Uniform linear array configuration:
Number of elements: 8
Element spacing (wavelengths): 0.75
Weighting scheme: binomial
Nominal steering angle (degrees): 0
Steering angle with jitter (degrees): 1.804
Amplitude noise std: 0.05
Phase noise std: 0.05

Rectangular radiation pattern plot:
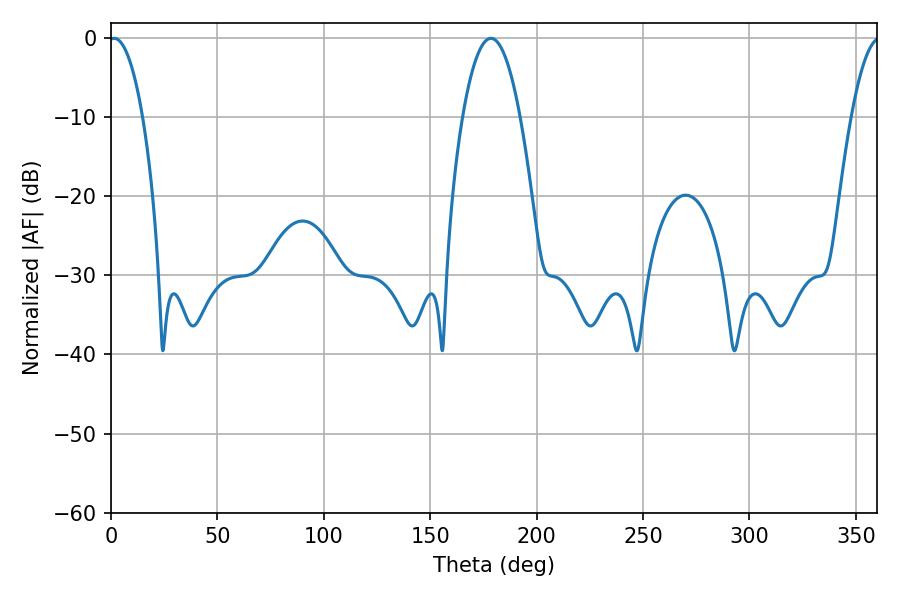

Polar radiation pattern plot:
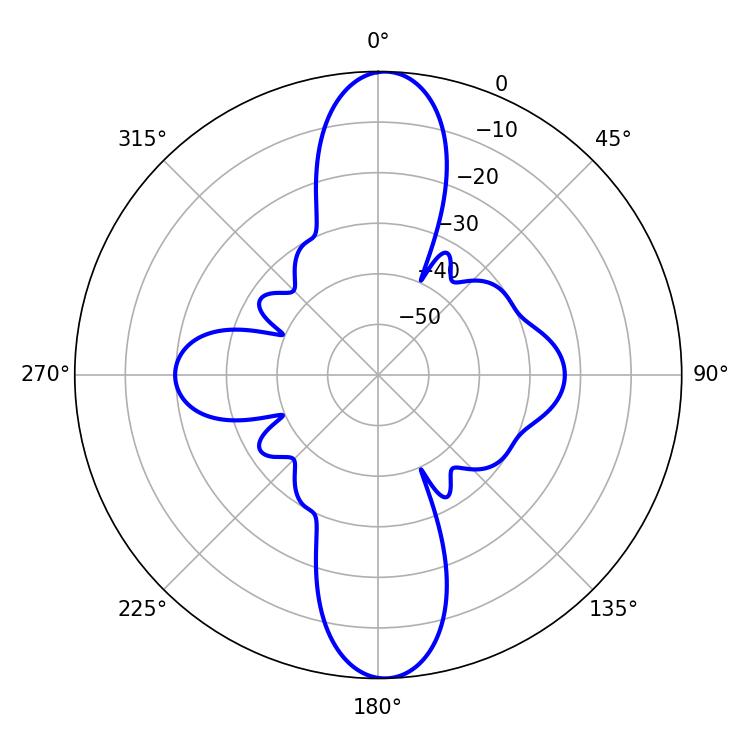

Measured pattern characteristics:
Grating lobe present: TRUE
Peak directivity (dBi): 22.344
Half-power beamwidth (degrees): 14.76
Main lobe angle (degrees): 178.56